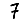
Digit: 7